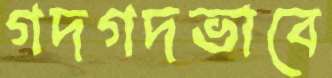
গদগদভাবে